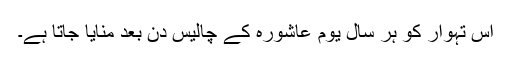
اس تہوار کو ہر سال یوم عاشورہ کے چالیس دن بعد منایا جاتا ہے۔